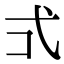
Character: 𭚡